Vaccine operations Central Provinces 1886-1899 - 1886-1899
Year: 1886
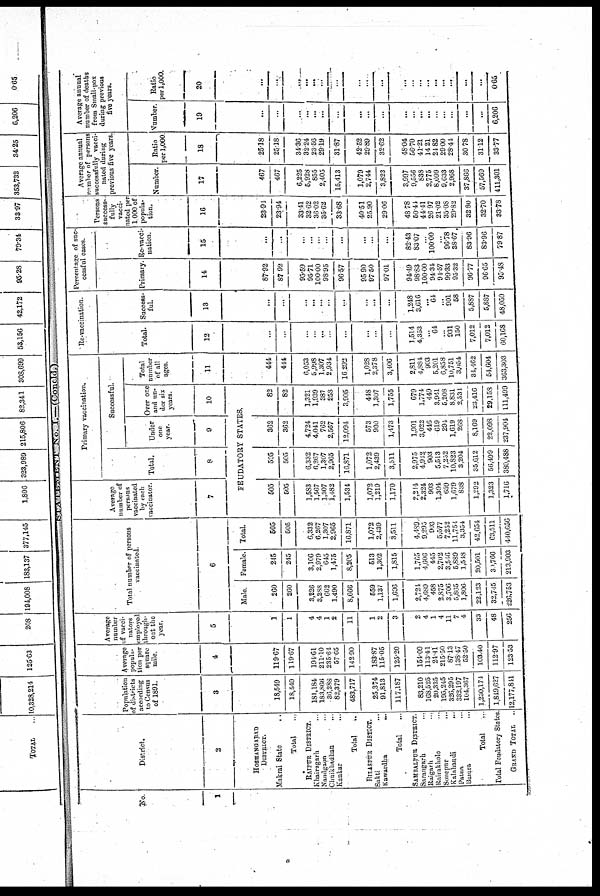
STATEMENT No. T.—(Concld.)
No.
1
District.
2
HOSHANGABAD
DISTRICT.
Makrai State
...
Total ...
RAIPUR DISTRICT.
Khairagarh
...
Nandgaon ...
Chuikhadhan ...
Kankar
...
Total ...
BILASPUR DISTICT.
Sakti ...
Kawardha
...
Total ...
SAMBALPUR DISTRICT.
Sarangarh ...
Raigarh ...
Rairakhole ...
Sonepur
...
Kalahandi
...
Patna ...
Bamra ...
Total ...
Total Feudatory States .
GRAND TOTAL ..
Population
of districts
according
to Census
of 1891.
3
18,549
18,549
181,184
183,866
36,288
82,379
483,717
25,374
91,813
117,187
83,210
168,525
20,335
195,245
326,295
332,197
104,367
1,230,174
1,849,627
12,177,841
Average
popula-
tion per
square
mile.
4
119.67
119.67
194.61
211.10
235.61
57.65
142.90
183.87
115.05
125.20
154.09
113.41
24.41
215.50
87.13
138.47
52.50
103.40
112.97
123.53
Average
number
of vacci-
nators
employed
through-
out the
year.
5
1
1
4
4
1
2
11
1
2
3
2
4
1
4
11
7
4
33
48
256
Total number of persons
vaccinated.
6
Male.
260
260
3,226
3,288
662
1,490
8,666
559
1,137
1,696
2,724
4,689
458
2,875
3,706
5,865
1,806
22,123
32,745
226,753
Female.
245
245
3,106
2,979
645
1,475
8,205
513
1,302
1,815
1,765
4,606
445
2,702
3,546
5,889
1,548
20,501
30,766
213,903
Total.
505
505
6,332
6,267
1,307
2,965
16,871
1,072
2,439
3,511
4,489
9,295
903
5,577
7,252
11,754
3,334
42,654
63,511
440,656
Average
number of
persons
vaccinated
by each
vaccinator.
7
Primary vaccination.
Total.
8
Successful.
Under
one
year.
9
Over one
and un-
der six
years.
10
FEUDATORY STATES.
505
505
1,583
1,567
1,307
1,482
1,534
1,072
1,219
1,170
2,214
2,324
903
1,394
659
1,679
838
1,292
1
3,323
1,716
505
505
6,332
6,267
1,307
2,965
16,871
1,072
2,439
3,511
2,975
4,942
903
5,513
7,232
10,823
3,204
35,612
56,499
380,488
362
362
4,724
4,041
762
2,567
12,094
573
900
1,473
1,901
3,022
446
619
294
1,619
268
8,169
22,098
237,904
82
82
1,321
1,939
387
258
3,905
448
1,307
1,755
679
1,774
449
3,941
5,208
8,831
2,531
23,416
29,158
111,499
Total
number
of all
ages.
11
444
444
6,053
5,998
1,307
2,934
16,292
1,028
2,378
3,406
2,811
4,884
903
5,201
6,858
10,751
3,054
34,462
54,604
363,303
Re-vaccination.
Total.
12
...
...
...
...
...
...
...
...
...
...
1,514
4,353
...
64
...
931
150
7,012
7,012
60,168
Success-
ful.
13
...
...
...
...
...
...
...
...
...
...
1,248
3,616
...
64
...
901
58
5,887
5,887
48,059
Percentage of suc-
cessful cases.
Primary.
14
87.92
87.92
95.59
95.71
100.00
98.95
96.57
95.90
97.50
97.01
94.49
98.83
100.00
94.34
94.57
99.33
95.32
96.77
96.65
95.48
Re-vacci-
nation.
15
...
...
...
...
...
...
...
...
...
...
82.43
88.07
...
100.00
...
96.78
38.67
83.96
83.96
79.87
Persons
success-
fully
vacci-
nated per
1000 of
popula-
tion.
16
23.94
23.94
33.41
32.62
36.02
35.62
33.68
40.51
25.90
29.06
48.78
50.41
44.41
26.97
21.02
35.08
29.82
32.80
32.70
33.78
Average annual
number of persons
successfully vacci-
nated during
previous five years,
Number.
17
467
467
6,225
5,928
855
2,405
15,413
1,079
2,744
3,823
3,997
9,556
838
2,775
8,099
9,633
2,968
37,866
57,569
411,301
Ratio
per 1,000
18
25.18
25.18
34.36
32.24
23.56
29.19
31.87
42.52
29.89
32.62
48.04
56.70
41.21
14.21
24.82
29.00
28.44
30.78
31.12
33.77
Average annual
number of deaths
from Small-pox
during previous
five years.
Number.
19
...
...
...
...
...
...
...
...
...
...
...
...
...
...
...
...
...
...
...
6,206
Ratio
per 1,000.
20
...
...
...
...
...
...
...
...
...
...
...
...
...
...
...
...
...
...
...
0.65